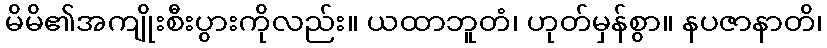
မိမိ၏အကျိုးစီးပွားကိုလည်း။ ယထာဘူတံ၊ ဟုတ်မှန်စွာ။ နပဇာနာတိ၊